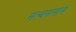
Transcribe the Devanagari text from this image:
नत्थनलाल